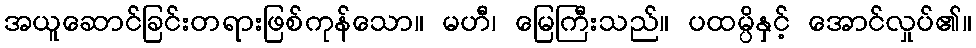
အယူဆောင်ခြင်းတရားဖြစ်ကုန်သော။ မဟီ၊ မြေကြီးသည်။ ပထမ္ပိနှင့် အောင်လှုပ်၏။